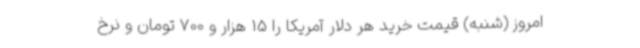
امروز (شنبه) قیمت خرید هر دلار آمریکا را 15 هزار و 700 تومان و نرخ